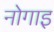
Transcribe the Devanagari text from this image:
नोगाइ